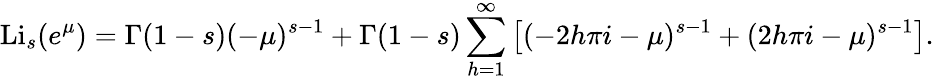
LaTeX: \operatorname{Li}_{s}(e^{\mu})=\Gamma(1-s)(-\mu)^{s-1}+\Gamma(1-s)\sum_{h=1}^{\infty}\left[(-2h\pi i-\mu)^{s-1}+(2h\pi i-\mu)^{s-1}\right].